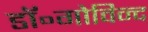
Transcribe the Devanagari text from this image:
डॉ॰गोविन्द